Vital statistics of India. Vol. VI, European troops 1870-79
Year: 1870
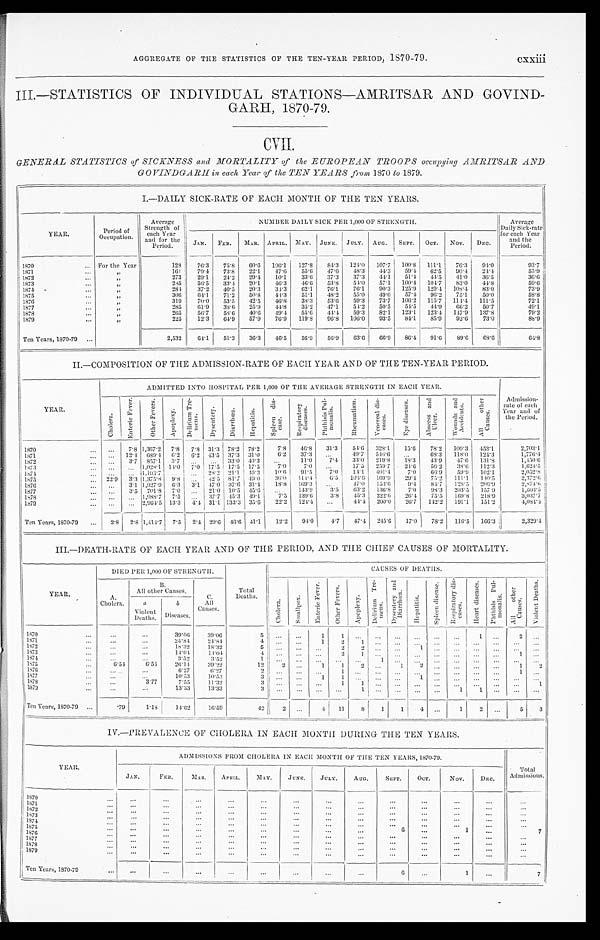
Cxxiii
AGGREGATE OF THE STATISTICS OF THE TEN.YEAR PERIOD, 1870.79.
III.—STATISTICS OF INDIVIDUAL STATIONS—AMRITSAR AND GOVIND -
GARH, 1870-79.
CVII.
GENERAL STATISTICS of SICKNESS and MORTALITY of the EUROPEAN TROOPS occupying AMRITSAR AND
GOVINDGARH in each Year of the TEN YEARS from 1870 to 1879.
I. —DAILY SICK-RATE OF EACH MONTH OF THE TEN YEARS.
YEAR.
Period of
Occupation.
Average
Strength of
each Year
and for the
P e r i o d .
NUMBER DAILY SICK PER 1,000 OF STRENGTH.
Average
Dai l y Si ck- r at e
for each Year
and the
Period.
J A N . FEB. MAR. APRIL. MAY. JUNE. JULY. AUG. SEPT. OCT. NOV. DEC.
1870 For the Year
1 2 8
76. 3 75.8 60. 6 106.1 127.8 84.3 124.0 107. 7 100.8 111.1 76.3 94.0
9 3 . 7
1871
„
161 79.4 73.8 22.1 47.6 55.6 47.6 48.3 44.3 59.4 62.5 90.4 24. 4
55.9
1872
„
273 29.1 24.2 29. 4 10.1 33.6 37.3 37.3 44. 1 51.4 44.5 41.0 36. 5
3 6 . 6
1873
„ 285 56. 5 33.4 20.1 46.3 46.6 53. 8 54.0 57.1 100.4 104.7 83.0 44. 8
59. 6
1874
„
284 37.2 40.5 20. 3 34.3 62.1 76. 1 76.1 90. 3 125. 9 129.4 108.4 83. 0
73. 9
1875
„ 306 64.1 71.2 50. 8 44.3 51.1 48.2 55.0 49. 0 57.4 96.2 75.1 50. 0
58. 8
1876
„ 319 70. 0 53.5 42. 5 46.8 38.3 53.6 59.3 73. 7 106.2 115.7 114.4 111.5
72. 1
1877
„
285 61.9 38.6 25. 9 44.8 35.2 47.1 54.2 50. 5 54.5 44.9 66.2 50. 7
49.1
1878
„ 265 56. 7 58.6 40. 6 49.4 55.6 44.4 59.3 82.1 123.1 123.4 147.9 137. 8
79. 2
1879
„ 225 12. 3 64.9 57. 9 76.9 119.8 96.8 106.0 93. 5 84. 1 85.9 92.6 73. 0
88. 9
Ten Years, 1870-79
2,532
6 4 . 1 51.3 36. 3 46.5 56.9 56.9 63.6 66. 9 86.4 91.6 89.6
6 8 . 6
64. 8
II.—COMPOSITION OF THE ADMISSION-RATE OF EACH YEAR AND OF THE TEN-YEAR PERIOD.
YEAR.
ADMITTED INTO HOSPITAL PER 1,000 OF THE AVERAGE STRENGTH IN EACH YEAR.
Admission-
rate of each
Year and of
the Period.
C h o l e r a .
E n t e r i c F e v e r . O t h e r F e v e r s . A p o p l e x y .
D e l i r i u m T r e -
m e n s . D y s e n t e r y . D i a r r h œ a . H e p a t i t i s . S p l e e n d i s -
e a s e .
R e s p i r a t o r y
d i s e a s e s .
P h t h i s i s P u l -
m o n a l l i s .
R h e u m a t i s m .
V e n e r a l d i s -
e a s e s .
E y e d i s e a s e s . A b s c e s s a n d U l c e r .
W o u n d s a n d A c c i d e n t s .
A l l o t h e r C a u s e s .
1870
7.8 1,367.2 7.8 7.8 31.3 78.2 78.2 7.8 46.8 31.3 54.6 328.1
1 5 . 6
78.2
1 0 9 . 3
453.1
2,703.1
1871
12.4 689.4 6.2 6.2 43.5 37.3 31.0 6.2 37.3
49. 7 546. 6
68.3 118.0 124.3
1, 776. 4
1 8 7 2
3.7 857.1 3. 7
33.0 40.3
11.0 7.4 33.0219.8 18.3 43.9 47.6 131.8
1, 450. 6
1 8 7 3
1,028.1 14.0 7.0 17.5 17.5 17.5 7.0 7.0
17.5 259.7 24.6
5 6 . 2
3 8 . 6 112.3
1, 624. 5
1 8 7 4
1,193.7
28.2 21.1 4 9 . 3
1 0 . 6 91.5 7.0 14.1 401.4 7.0 66.9 59.9 102.1
2, 052. 8
1875
22.9 3.3 1,375.8 9.8
42.5 81.7 49.0 36.0
1 1 4 . 4 6.5 104.6 169.9 29.4 75.2 1111. 1 140.5
2, 372. 6
1876
3.1 1,927.9 6. 3 3.1
4 7 . 0 37.6
3 1 . 4 18.8 169.3
47.0 153.6
9 . 4 84.7 128.5 2 0 6 . 9
2,874.6
1877
3.5 701.8 7.0
21.0 10.5 45.6
143.9 3.5 63.2 136.8 7.0 98.3 203.5 157.9
1, 603. 5
1 8 7 8
1,988.7 7.5
37.7 45.3 49.1 7.5 139.6 3.8 45.3 222.6 26.4 75.5 169.8 218.9
3,037.7
1879
2,964.5 13.3 4.4 3 1 . 1 133.3 35.6 22.2 124.4
44.4 200.0 26.7 142.2 191.1 151.2
4, 084. 4
Ten Years, 1870-79 2.8
2. 8
1,414.7 7.5 2.4 29.6 46.6 41.1 12.2 94.0 4.7 47.4
2 4 5 . 6
17.0 78.2 116.5 166.3
2 , 3 2 9 . 4
III.—DEATH.RATE OF EACH YEAR AND OF THE PERIOD, AND THE CHIEF CAUSES OF MORTALITY.
YEAR.
DIED PER 1,000 OF STRENGTH.
Total
Deaths.
CAUSES OF DEATHS.
A.
Cholera.
B.
All other Causes.
C.
All
Causes.
C h o l e r a .
S m a l l p o x .
E n t e r i c F e v e r .
O t h e r F e v e r s .
A p o p l e x y .
D e l i r i u m T r e -
me ns . D y s e n t e r y a n d D i a r r h œ a .
H e p a t i t i s .
S p l e e n d i s e a s e . R e s p i r a t o r y d i s -
eases.
H e a r t d i s e a s e s . P h t h i s i s P u l -
m o n a l i s .
A l l o t h e r
C a u s e s .
V i o l e n t D e a t h s .
a
Violent Deaths.
b
Diseases.
1870
39.06 39.06
5
1
1
1
2
1871
24.84
2 4 . 8 4
4
1 2
1
1872
18.32 18.32
5
2 2
1
1873
14.04 14.04
4
2
1
1
1874
3.52 3.52
1
1
1875
6.54
6.54 26.14 39.22
12
2
1 1 2
1 2
1 2
1 8 7 6
6.27 6.27
2
1
1
1877
10.53 10.53
3
1
1
1
1878
3.77
7.55
1 1 . 3 2
3
1
1
1
1879
13.33 13.33
3
1
1
1
Ten Years, 1870-79
.79
1.18 14.62 16.59
42 2
4 1 1 8
1 1
4
1
2
5 3
IV.—PREVALENCE OF CHOLERA IN EACH MONTH DURING THE TEN YEARS.
YEAR.
ADMISSIONS FROM CHOLERA IN EACH MONTH OF THE TEN YEARS, 1870-79.
Total
Admissions.
JAN. FEB. MAR. APRI L.
MAY. JUNE. JULY. AUG. SEPT. OCT. NOV. DEC.
1870 1871
1 8 7 2
1 8 7 3
1 8 7 4
1875
6
1
7
1876 1877 1878
1 8 7 9
Ten Years, 1870-79
6
1
7